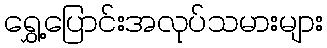
ရွှေ့ပြောင်းအလုပ်သမားများ